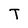
Character: T